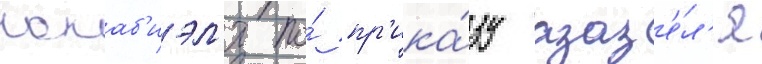
кокаб'иэл'я по́ пр'ика́зу азаз'е́л'я